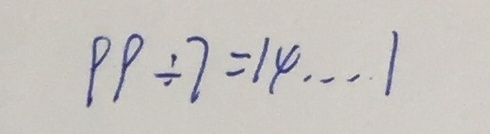
9 9 \div 7 = 1 4 \cdots 1